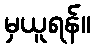
မှယူရန်။